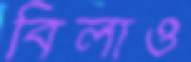
বিলাও